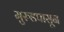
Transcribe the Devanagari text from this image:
मुरुडपासून